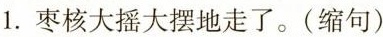
1.枣核大摇大摆地走了。(缩句)